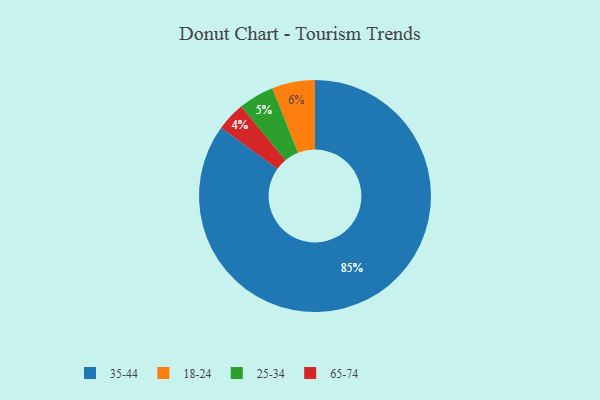
{"axis": {"x": "Category", "y": "Percentage"}, "legend": ["18-24", "25-34", "35-44", "65-74"], "data": [{"x": "65-74", "y": 4, "type": "65-74"}, {"x": "18-24", "y": 6, "type": "18-24"}, {"x": "25-34", "y": 5, "type": "25-34"}, {"x": "35-44", "y": 85, "type": "35-44"}]}